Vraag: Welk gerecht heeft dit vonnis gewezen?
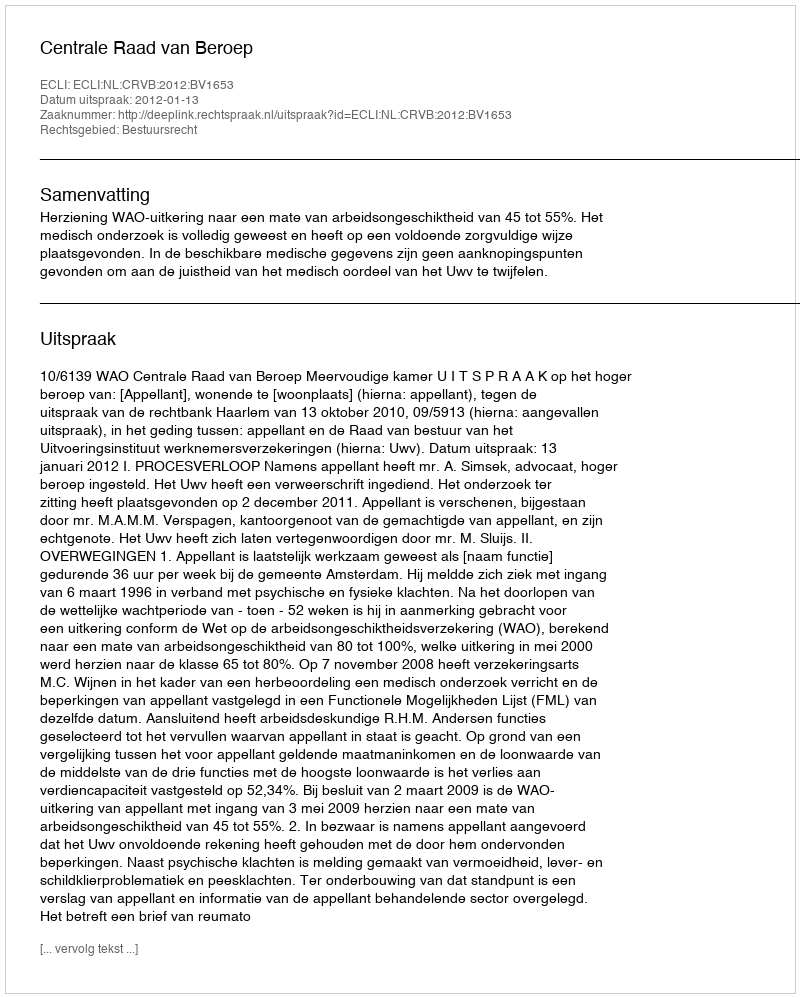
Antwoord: Centrale Raad van Beroep